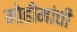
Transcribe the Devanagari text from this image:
मोहीमांची